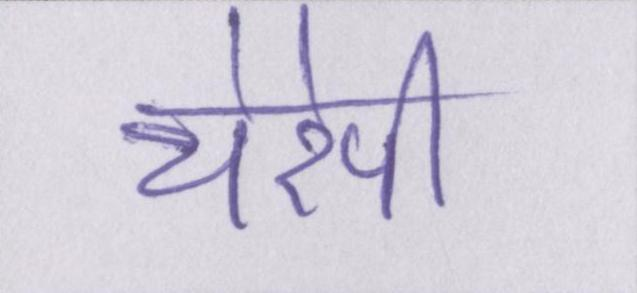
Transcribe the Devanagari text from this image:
थेरेपी